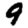
Digit: 9